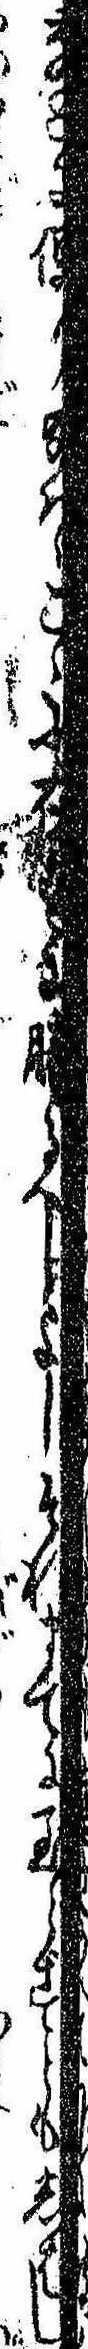
などに便り給はゞこゝに在すに勝るべしよしそれまでに至らずともしばし